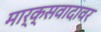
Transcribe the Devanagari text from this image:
मार्क्सवादावर